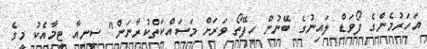
އަހަރުމެންގެ ފޯވަޑް ލައިނުގެ ބޭނުން ހިފޭތޯ ވަރަށް މަސައްކަތްކުރާނަން" ސީނިއާ ޓީމާއެކު މީގެ